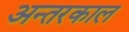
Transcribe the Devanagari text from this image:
अन्तरकाल